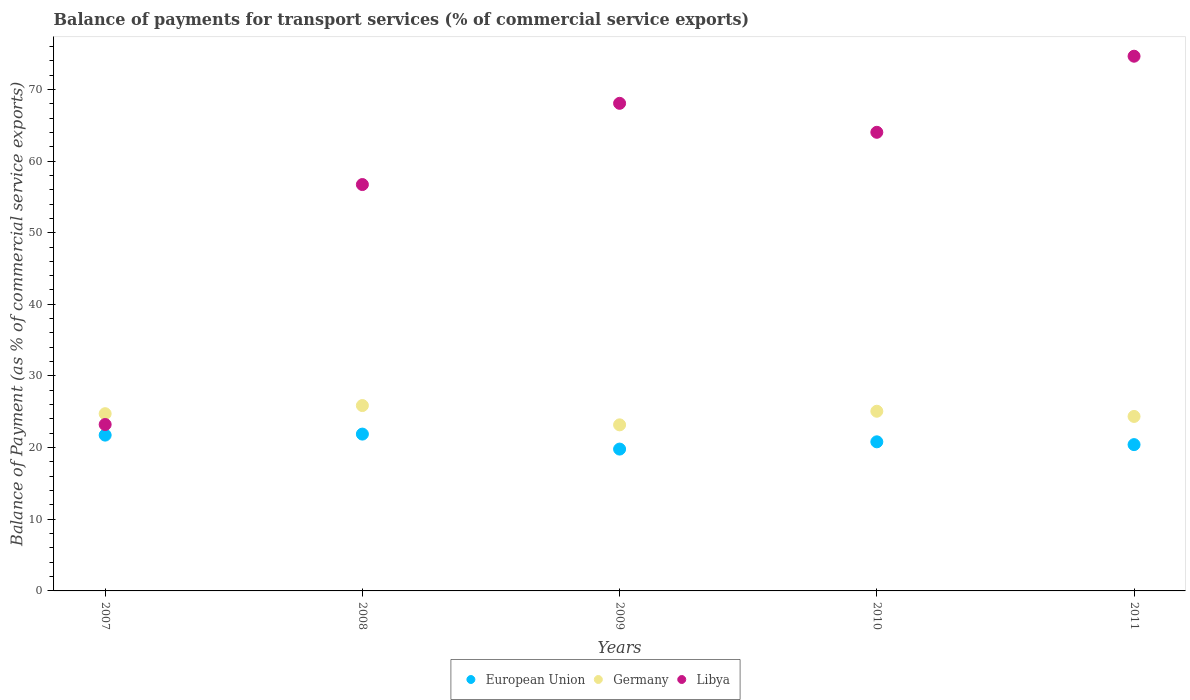
| Years | European Union | Germany | Libya |
 | --- | --- | --- | --- |
 | 2007 | 21.7 | 24.7 | 23.2 |
 | 2008 | 21.9 | 25.9 | 56.7 |
 | 2009 | 19.8 | 23.2 | 68.1 |
 | 2010 | 20.8 | 25.1 | 64 |
 | 2011 | 20.4 | 24.4 | 74.6 |